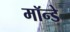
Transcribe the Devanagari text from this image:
मॉन्डे